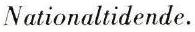
Nationaltidende.